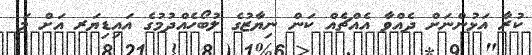
ކުރާ އަޅުންނަށް ދެއްވާ އެއްޗެއް ކަން ނިޔާޒުގެ ލުބޯހެއްދުމުގެ އައިޑިޔަރ އަށް މަ